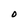
Character: O